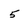
Character: 5